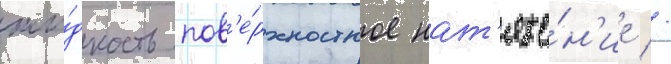
жи́дкость пов'е́рхностное нат'яже́н'ие //